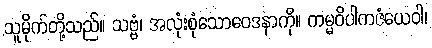
သူမိုက်တို့သည်။ သဗ္ဗံ၊ အလုံးစုံသောဝေဒနာကို။ ကမ္မဝိပါကဇံယေဝါ၊